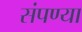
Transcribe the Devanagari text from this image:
संपण्या